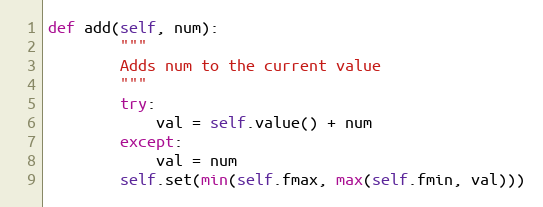
Language: Python
def add(self, num):
        """
        Adds num to the current value
        """
        try:
            val = self.value() + num
        except:
            val = num
        self.set(min(self.fmax, max(self.fmin, val)))